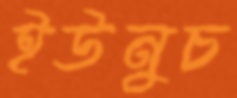
ইউনুচ